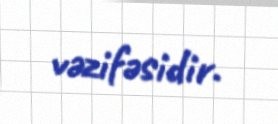
vəzifəsidir.